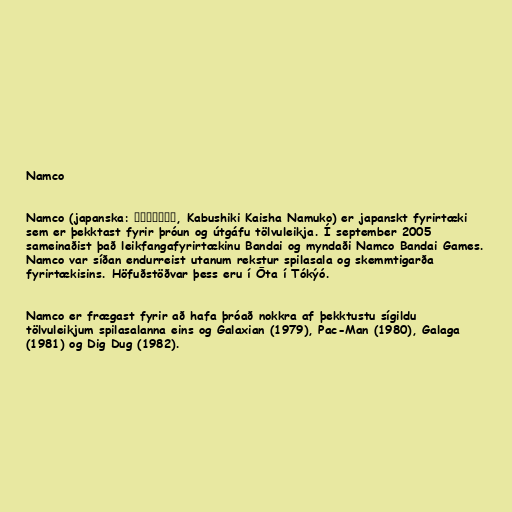
Namco

Namco (japanska: 株式会社ナムコ, Kabushiki Kaisha Namuko) er japanskt fyrirtæki
sem er þekktast fyrir þróun og útgáfu tölvuleikja. Í september 2005
sameinaðist það leikfangafyrirtækinu Bandai og myndaði Namco Bandai Games.
Namco var síðan endurreist utanum rekstur spilasala og skemmtigarða
fyrirtækisins. Höfuðstöðvar þess eru í Ōta í Tókýó.

Namco er frægast fyrir að hafa þróað nokkra af þekktustu sígildu
tölvuleikjum spilasalanna eins og Galaxian (1979), Pac-Man (1980), Galaga
(1981) og Dig Dug (1982).